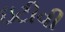
ઇટીવી